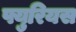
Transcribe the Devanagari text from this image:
फ्युरियस